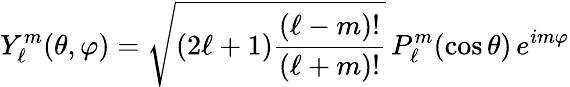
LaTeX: Y_{\ell}^{m}(\theta,\varphi)={\sqrt{{(2\ell+1)}{\frac{(\ell-m)!}{(\ell+m)!}}}}\, P_{\ell}^{m}(\cos{\theta})\, e^{im\varphi}